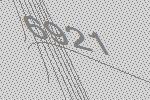
6921